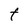
Character: t